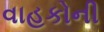
વાહકોની